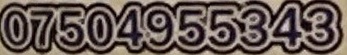
07504955343